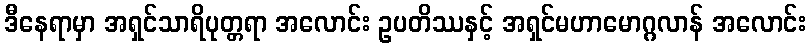
ဒီနေရာမှာ အရှင်သာရိပုတ္တရာ အလောင်း ဥပတိဿနှင့် အရှင်မဟာမောဂ္ဂလာန် အလောင်း